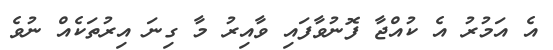
އެ އަމުރު އެ ކުއްޖާ ފޮނުވާފައި ވާއިރު މާ ގިނަ އިރުތަކެއް ނުވެ